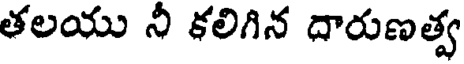
తలయు నీ కలిగిన దారుణత్వ